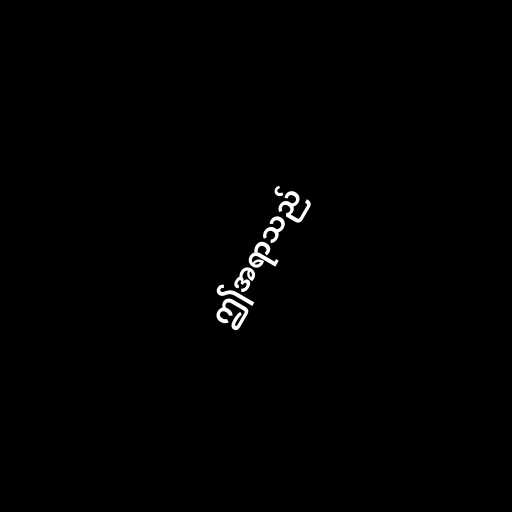
ဤအရာသည်